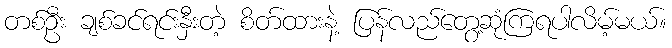
တစ်ဦး ချစ်ခင်ရင်းနှီးတဲ့ စိတ်ထားနဲ့ ပြန်လည်တွေ့ဆုံကြရပါလိမ့်မယ်။